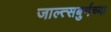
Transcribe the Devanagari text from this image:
जाल्त्सबुर्गच्या